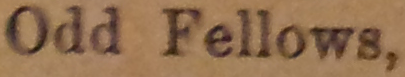
Odd Fellows.